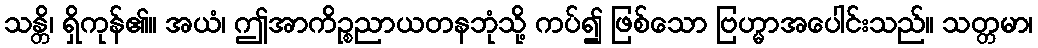
သန္တိ၊ ရှိကုန်၏။ အယံ၊ ဤအာကိဉ္စညာယတနဘုံသို့ ကပ်၍ ဖြစ်သော ဗြဟ္မာအပေါင်းသည်။ သတ္တမာ၊